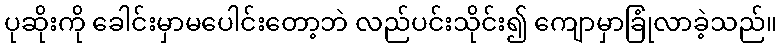
ပုဆိုးကို ခေါင်းမှာမပေါင်းတော့ဘဲ လည်ပင်းသိုင်း၍ ကျောမှာခြုံလာခဲ့သည်။